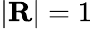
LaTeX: |\mathbf{R}|=1